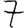
Digit: 7